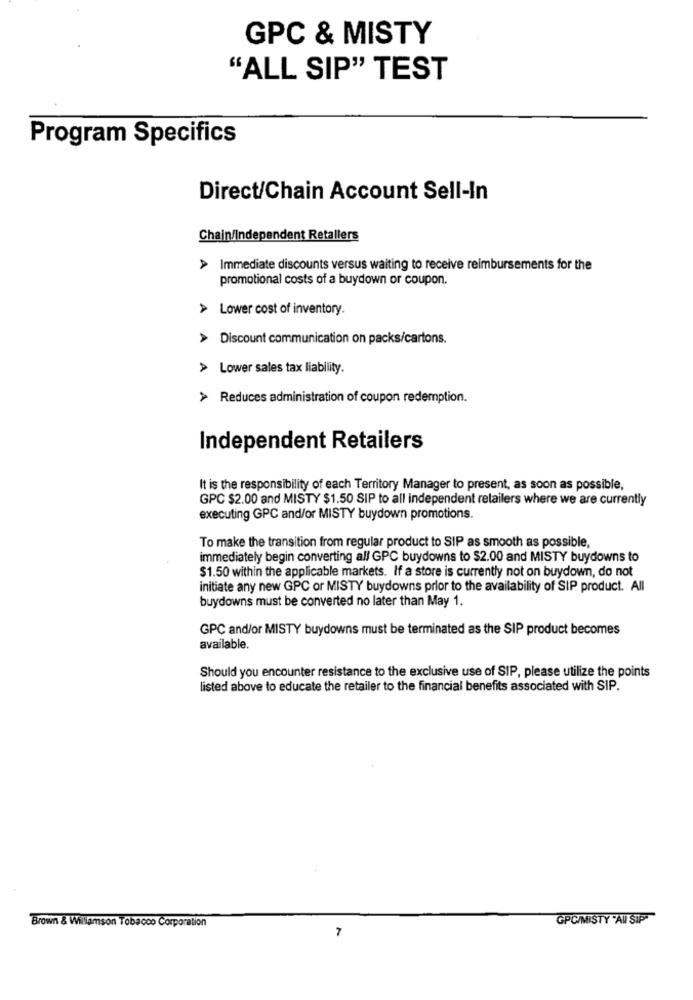
GPC & MISTY
"ALL SIP" TEST
Program Specifics
Direct/Chain Account Sell-In
Chain/Independent Retallers
Immediate discounts versus waiting to receive reimbursements for the
promotional costs of a buydown or coupon.
Lower cost of inventory.
> Discount communication on packs/cartons.
> Lower sales tax liability.
> Reduces administration of coupon redemption.
Independent Retailers
It is the responsibility of each Territory Manager to present, as soon as possible,
GPC $2.00 and MISTY $1.50 SIP to all independent retailers where we are currently
executing GPC and/or MISTY buydown promotions.
To make the transition from regular product to SIP as smooth as possible,
immediately begin converting all GPC buydowns to $2.00 and MISTY buydowns to
$1.50 within the applicable markets. If a store is currently not on buydown, do not
initiate any new GPC or MISTY buydowns prior to the availability of SIP product. All
buydowns must be converted no later than May 1.
GPC and/or MISTY buydowns must be terminated as the SIP product becomes
available.
Should you encounter resistance to the exclusive use of SIP, please utilize the points
listed above to educate the retailer to the financial benefits associated with SIP.
GPC/MISTY "AU STP
Brown & Williamson Tobacco Corporation
7